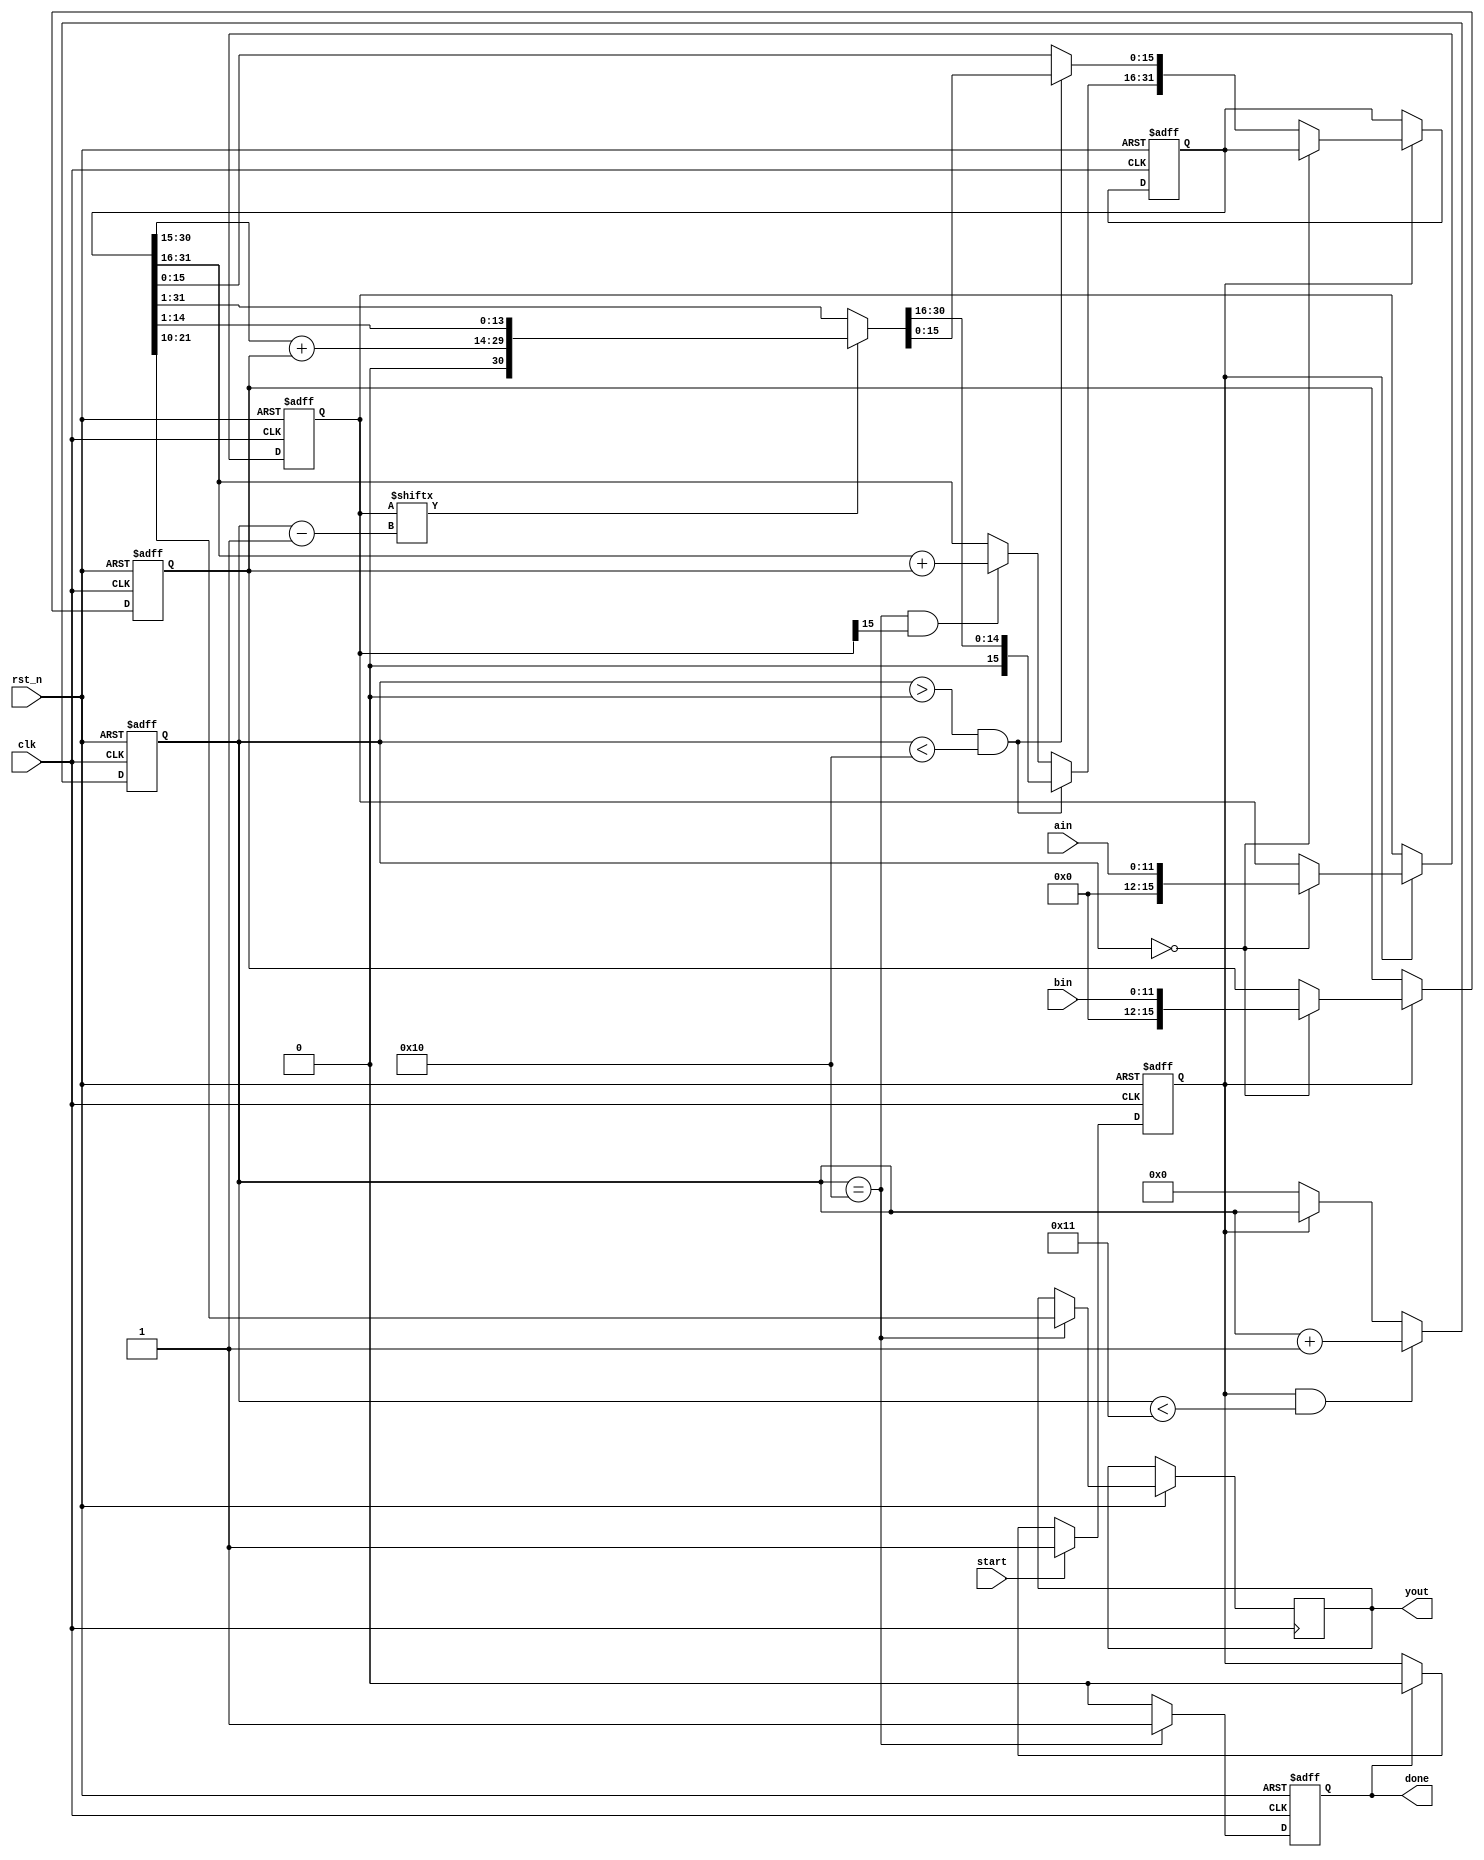
module mux12(
					clk,
					rst_n,
					start,
					ain,
					bin,
					yout,
					done
		);
		
input clk;		
input rst_n;	
input start; 	//
input[11:0] ain;	//
input[11:0] bin;	//
output[11:0]yout;
output done;		//

reg[11:0] yout;
reg[15:0] areg;	//
reg[15:0] breg;	//
reg[31:0] yout_r;	//
wire[31:0] yout1;	//
reg done_r;
reg[4:0] i;		//
reg start_calc;

always @(posedge clk or negedge rst_n)
begin 
	if(!rst_n) 
		start_calc <= 1'b0;
	else if(start)
		start_calc <= 1'b1;
	else if(done_r)
		start_calc <= 1'b0;
end 

//------------------------------------------------
//
always @(posedge clk or negedge rst_n)
begin 
	if(!rst_n) i <= 5'd0;
	else if(start_calc && i < 5'd17) i <= i+1'b1; 
	else if(!start_calc) i <= 5'd0;
end 
//------------------------------------------------
//
always @(posedge clk or negedge rst_n)
begin 
	if(!rst_n) 
	done_r <= 1'b0;
	else if(i == 5'd16) 
	begin 
	done_r <= 1'b1;		//
	yout<=yout_r[21:10];//
	end 
	else if(done_r) 
	done_r <= 1'b0;		//
end 
assign done = done_r;

//------------------------------------------------
//
always @(posedge clk or negedge rst_n) 
begin
	if(!rst_n) begin 
			areg <= 16'd0;
			breg <= 16'd0;
			yout_r <= 32'd0;
		end
	else if(start_calc) begin		//
			if(i == 5'd0) begin	//
					areg <= {4'd0,ain};
					breg <= {4'd0,bin};
				end
			else if(i > 5'd0 && i < 5'd16) begin
					if(areg[i-1]) yout_r = {1'b0,yout1[30:15]+breg,yout_r[14:1]};	//
					else yout_r <= yout_r>>1;	//
				end
			else if(i == 5'd16 && areg[15]) yout_r[31:16] <= yout_r[31:16]+breg;	//
		end
end
assign yout1 = yout_r;

endmodule